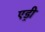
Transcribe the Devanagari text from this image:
एड्री